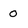
Character: 0